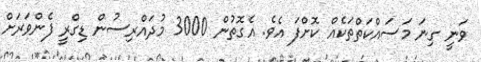
ވަނީ ގިނަ މަސައްކަތްތަކެއް ކޮށްފަ އެވެ. އެގޮތުން 3000 މުދައްރިސުން ޑިގްރީ ފެންވަރަށް